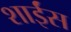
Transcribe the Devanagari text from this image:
शाईंस